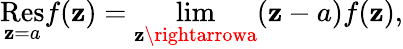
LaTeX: {\underset{\mathbf{z}=a}{\mathrm{{Res}}}}f(\mathbf{z})=\operatorname*{lim}_{\mathbf{z}\rightarrowa}(\mathbf{z}-a)f(\mathbf{z}),